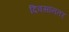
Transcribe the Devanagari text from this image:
दिवसांनतर